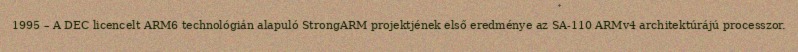
1995 – A DEC licencelt ARM6 technológián alapuló StrongARM projektjének első eredménye az SA-110 ARMv4 architektúrájú processzor.